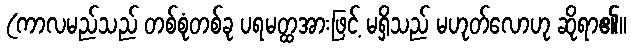
(ကာလမည်သည် တစ်စုံတစ်ခု ပရမတ္ထအားဖြင့် မရှိသည် မဟုတ်လောဟု ဆိုရာ၏။